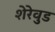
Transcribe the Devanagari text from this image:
शेरेवुड